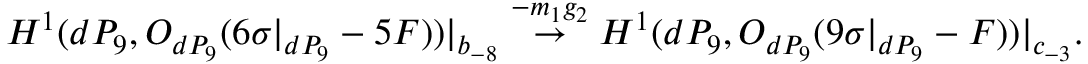
H ^ { 1 } ( d P _ { 9 } , { \cal O } _ { d P _ { 9 } } ( 6 \sigma | _ { d P _ { 9 } } - 5 F ) ) | _ { b _ { - 8 } } \stackrel { - m _ { 1 } g _ { 2 } } { \rightarrow } H ^ { 1 } ( d P _ { 9 } , { \cal O } _ { d P _ { 9 } } ( 9 \sigma | _ { d P _ { 9 } } - F ) ) | _ { c _ { - 3 } } .